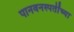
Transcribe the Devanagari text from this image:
पानवनस्पतींच्या